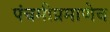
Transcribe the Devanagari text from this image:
पंचमीप्रमाणेच